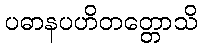
ပဓာနပဟိတတ္တောသိ